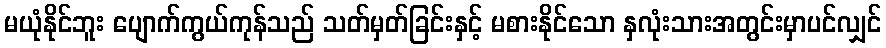
မယုံနိုင်ဘူး ပျောက်ကွယ်ကုန်သည် သတ်မှတ်ခြင်းနှင့် မစားနိုင်သော နှလုံးသားအတွင်းမှာပင်လျှင်